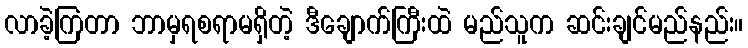
လာခဲ့ကြတာ ဘာမှရစရာမရှိတဲ့ ဒီချောက်ကြီးထဲ မည်သူက ဆင်းချင်မည်နည်း။